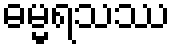
ဓမ္မရသဿ